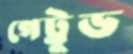
গেট্রুড